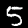
Label: 5